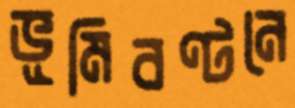
ভূমিবণ্টনে